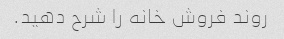
روند فروش خانه را شرح دهید.